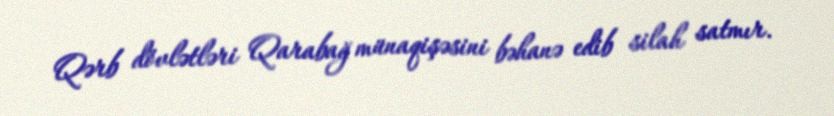
Qərb dövlətləri Qarabağ münaqişəsini bəhanə edib silah satmır.